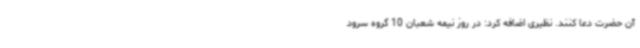
آن حضرت دعا کنند. نظیری اضافه کرد: در روز نیمه شعبان 10 گروه سرود